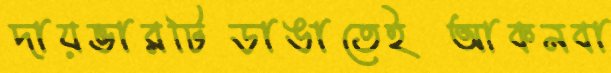
দায়ভারটিডাঙাতেইআকনবা